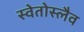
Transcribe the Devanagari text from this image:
स्वेतोस्लैव